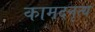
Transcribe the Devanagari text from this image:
कामदनृत्य